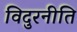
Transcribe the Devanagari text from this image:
विदुरनीति